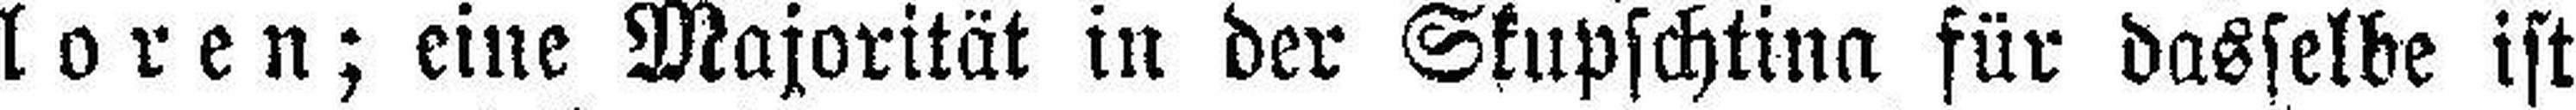
loren; eine Majorität in der Skupschtina für dasselbe ist